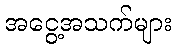
အငွေ့အသက်များ